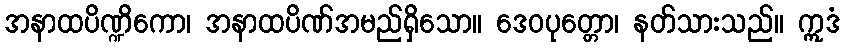
အနာထပိဏ္ဍိကော၊ အနာထပိဏ်အမည်ရှိသော။ ဒေဝပုတ္တော၊ နတ်သားသည်။ ဣဒံ